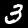
Label: 3